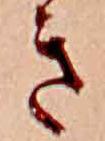
き